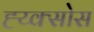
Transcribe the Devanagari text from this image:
ह्य्क्सोस